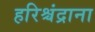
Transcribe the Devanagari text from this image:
हरिश्चंद्राना